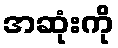
အဆုံးကို